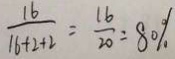
\frac { 1 6 } { 1 6 + 2 + 2 } = \frac { 1 6 } { 2 0 } = 8 0 \%